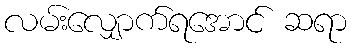
လမ်းလျှောက်ရအောင် ဆရာ